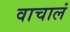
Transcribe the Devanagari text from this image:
वाचालं